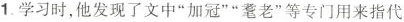
1.学习时，他发现了文中”加冠””耄老”等专门用来指代